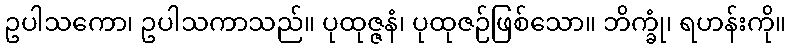
ဥပါသကော၊ ဥပါသကာသည်။ ပုထုဇ္ဇနံ၊ ပုထုဇဉ်ဖြစ်သော။ ဘိက္ခုံ၊ ရဟန်းကို။